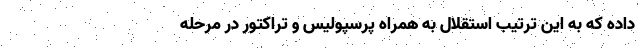
داده که به این ترتیب استقلال به همراه پرسپولیس و تراکتور در مرحله